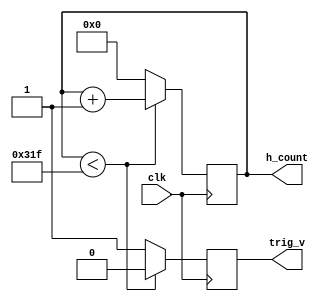
`timescale 1ns / 1ps
//////////////////////////////////////////////////////////////////////////////////
// Company: 
// Engineer: 
// 
// Design Name: 
// Module Name: h_counter
// Project Name: 
// Target Devices: 
// Tool Versions: 
// Description: 
// 
// Dependencies: 
// 
// Revision:
// Revision 0.01 - File Created
// Additional Comments:
// 
//////////////////////////////////////////////////////////////////////////////////

module h_counter(
clk,h_count,trig_v
    );
    input clk;
    output[9:0] h_count;
    output trig_v;
    reg[9:0] h_count;
    reg trig_v;
    initial begin
        h_count <= 0;
        trig_v <= 0;
    end
    always @ (posedge clk)
    begin
        if (h_count < 799)
        begin
            h_count <= h_count + 1;
            trig_v <= 1'b0;       
        end
        else 
        begin
            trig_v <= 1'b1;
            h_count <= 0;        
        end
    end
endmodule